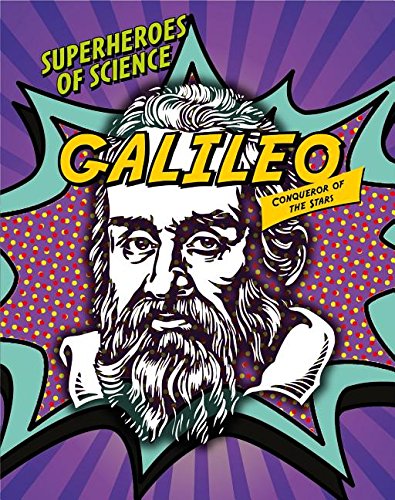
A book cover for Galileo: Conqueror of the Stars (Superheroes of Science); Nancy Dickman; Teen & Young Adult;